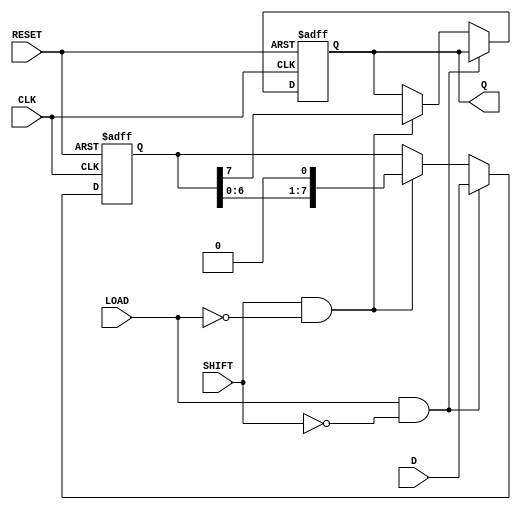
module Shift_PISO #(parameter WIDTH = 8) (
    input wire [WIDTH-1:0] D,      // Parallel data input
    input wire LOAD,                // Load control signal
    input wire SHIFT,               // Shift control signal
    input wire CLK,                 // Clock signal
    input wire RESET,               // Asynchronous reset
    output reg Q                   // Serial output
);

    // Internal shift register
    reg [WIDTH-1:0] shift_reg;

    always @(posedge CLK or posedge RESET) begin
        if (RESET) begin
            // Asynchronous reset
            shift_reg <= {WIDTH{1'b0}}; // Reset all bits to 0
            Q <= 1'b0;                  // Reset serial output
        end else if (LOAD && !SHIFT) begin
            // Load data into the shift register
            shift_reg <= D;
        end else if (SHIFT && !LOAD) begin
            // Shift data out serially
            Q <= shift_reg[WIDTH-1];    // Output the MSB
            shift_reg <= {shift_reg[WIDTH-2:0], 1'b0}; // Shift left and fill LSB with 0
        end
        // Note: If both LOAD and SHIFT are asserted, no operation is performed.
    end

endmodule